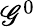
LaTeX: \mathscr{G}^{0}